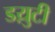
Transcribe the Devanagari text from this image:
डय़ुटी